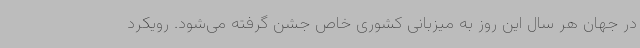
در جهان هر سال این روز به میزبانی کشوری خاص جشن گرفته می‌شود. رویکرد